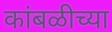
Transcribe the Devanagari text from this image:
कांबळीच्या